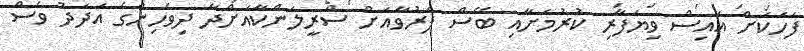
ފަހަކަށް އައިސް ވިޔަފާރި ކުރުމަށާއި ބޭސް ފަރުވާއަށް ސްރީލަންކާއަށްދާ ދިވެހިންގެ އަދަދު ވެސް